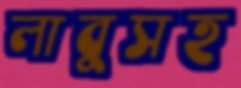
লাবুসহ